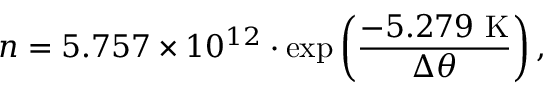
n = 5 . 7 5 7 \times 1 0 ^ { 1 2 } \cdot \exp \left( \frac { - 5 . 2 7 9 \mathrm { ~ K } } { \Delta \theta } \right) ,